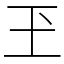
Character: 玊